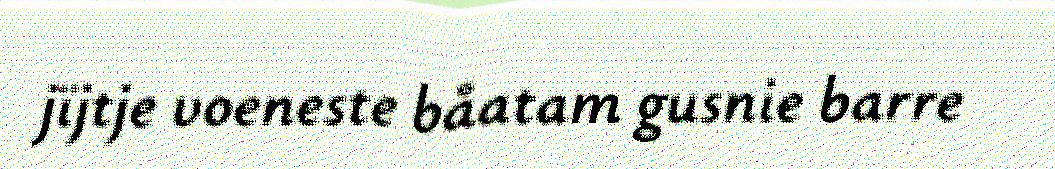
jïjtje voeneste båatam gusnie barre